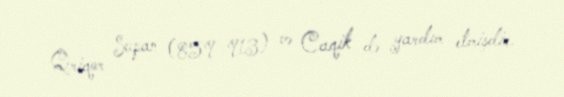
Qriqor Supan (859–913) və Caqik də yardım etmişdir.